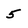
Character: 5